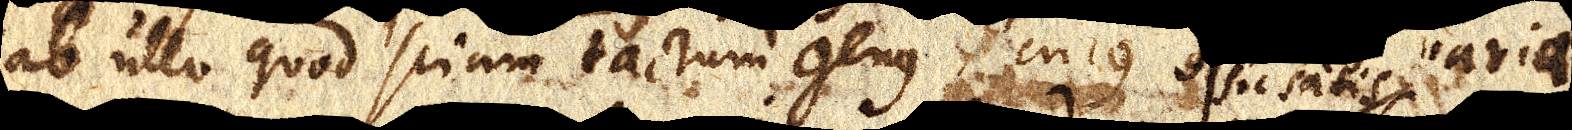
ab ullo quod sciam tactum genus, cujus species variae